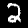
Digit: 2